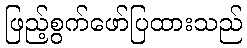
ဖြည့်စွက်ဖော်ပြထားသည်